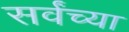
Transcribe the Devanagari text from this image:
सर्वंच्या